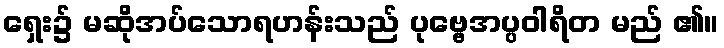
ရှေး၌ မဆိုအပ်သောရဟန်းသည် ပုဗ္ဗေအပ္ပဝါရိတ မည် ၏။